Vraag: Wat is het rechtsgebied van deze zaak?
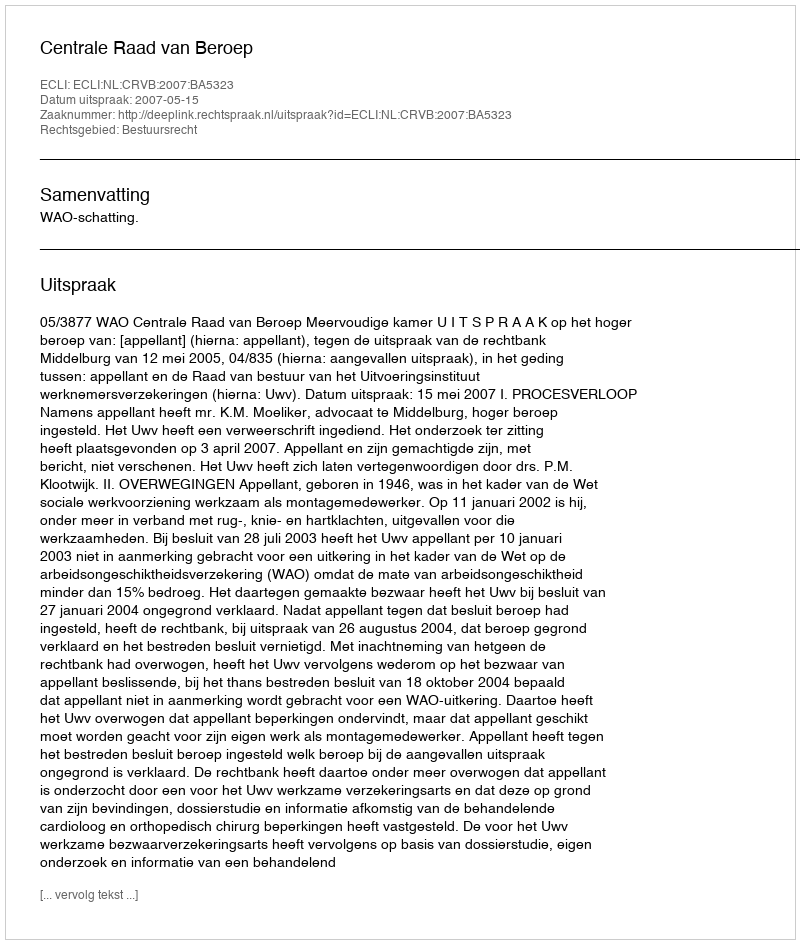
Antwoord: Bestuursrecht